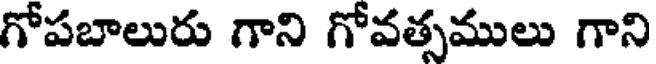
గోపబాలురు గాని గోవత్సములు గాని